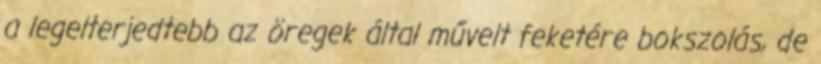
a legelterjedtebb az öregek által művelt feketére bokszolás, de